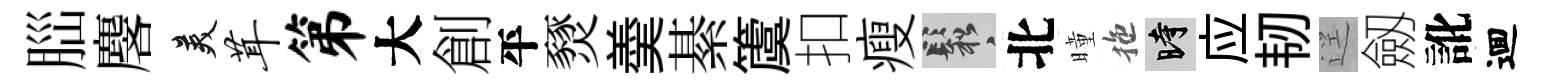
𦛁麐美茸第大創平燹羮綦𥵂扣瘦鬆北曈拖时应韧逕劔訛逥